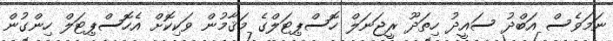
ނަމަވެސް އަބްދު ސައީދު ހިތަދޫ ރީޖަނަލް ހޮސްޕިޓަލްގެ މަޤާމުން ވަކިކޮށް އެހޮސްޕިޓަލް ހިންގުން